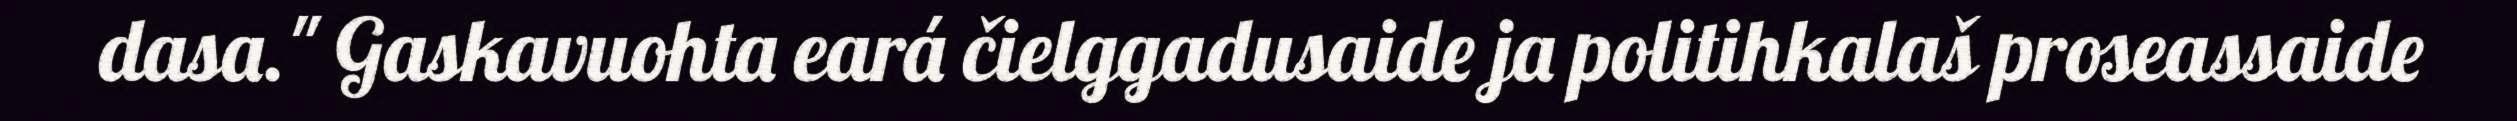
dasa." Gaskavuohta eará čielggadusaide ja politihkalaš proseassaide